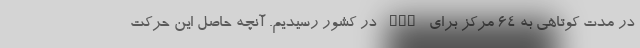
در مدت کوتاهی به 64 مرکز برای PCR در کشور رسیدیم. آنچه حاصل این حرکت